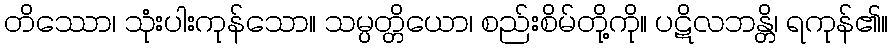
တိဿော၊ သုံးပါးကုန်သော။ သမ္ပတ္တိယော၊ စည်းစိမ်တို့ကို။ ပဋိလဘန္တိ၊ ရကုန်၏။